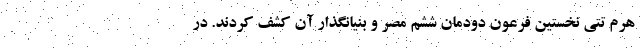
هرم تِتی نخستین فرعون دودمان ششم مصر و بنیانگذار آن کشف کردند. در